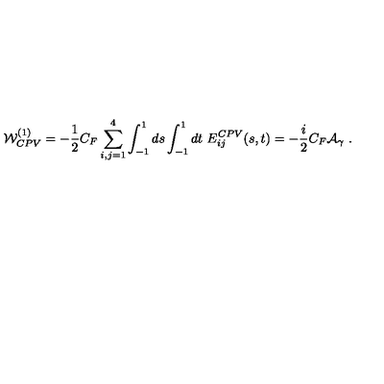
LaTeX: { \cal W } _ { C P V } ^ { ( 1 ) } = - { \frac { 1 } { 2 } } C _ { F } \sum _ { i , j = 1 } ^ { 4 } \int _ { - 1 } ^ { 1 } d s \int _ { - 1 } ^ { 1 } d t \ E _ { i j } ^ { C P V } ( s , t ) = - { \frac { i } { 2 } } C _ { F } { \cal A } _ { \gamma } \ .